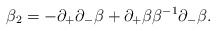
\begin{align*}\beta_2 = - \partial_+ \partial_- \beta + \partial_+ \beta \beta^{-1}\partial_- \beta.\end{align*}